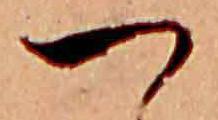
つ